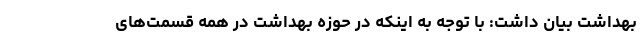
بهداشت بیان داشت: با توجه به اینکه در حوزه بهداشت در همه قسمت‌‌های